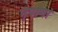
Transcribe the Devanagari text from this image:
नृपाणां